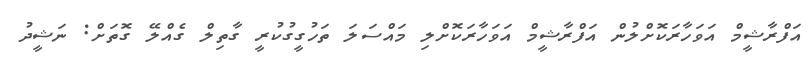
އަފްރާޝީމް އަވަހާރަކޮށްލުން އަފްރާޝީމް އަވަހާރަކޮށްލި މައްސަލަ ތަހުގީގުކުރީ ގާތިލް ގެއްލޭ ގޮތަށް: ނަޝީދު